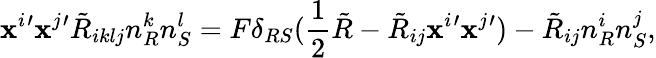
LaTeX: \mathbf{x}^{i}{'}\mathbf{x}^{j}{'}\tilde{{R}}_{iklj}n_{R}^{k}n_{S}^{l}=F\delta_{RS}(\frac{{1}}{{2}}\tilde{{R}}-\tilde{{R}}_{ij}\mathbf{x}^{i}{'}\mathbf{x}^{j}{'})-\tilde{{R}}_{ij}n_{R}^{i}n_{S}^{j},